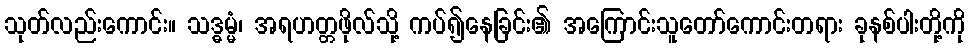
သုတ်လည်းကောင်း။ သဒ္ဓမ္မံ၊ အရဟတ္တဖိုလ်သို့ ကပ်၍နေခြင်း၏ အကြောင်းသူတော်ကောင်းတရား ခုနစ်ပါးတို့ကို